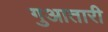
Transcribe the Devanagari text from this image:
गुआतारी